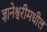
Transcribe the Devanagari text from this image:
ज्ञानेश्वरीमधील